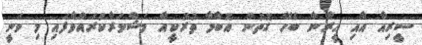
ސީރިއާ އާއި އީރާނާ ބެހޭ ގޮތުން އޮބާމާ ތުރުކީއާ މަޝްވަރާކުރައްވާފައި މި ވަނީ